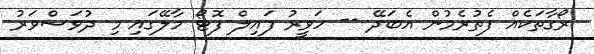
ރޯގާތަކެއް ފެތުރެމުން އެބަދޭ -- ހަވީރު ފައިލް ފޮޓޯ މާލޭގައި މި ދުވަސްވަރު